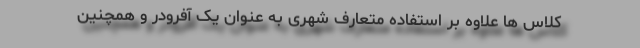
کلاس ها علاوه بر استفاده متعارف شهری به عنوان یک آفرودر و همچنین